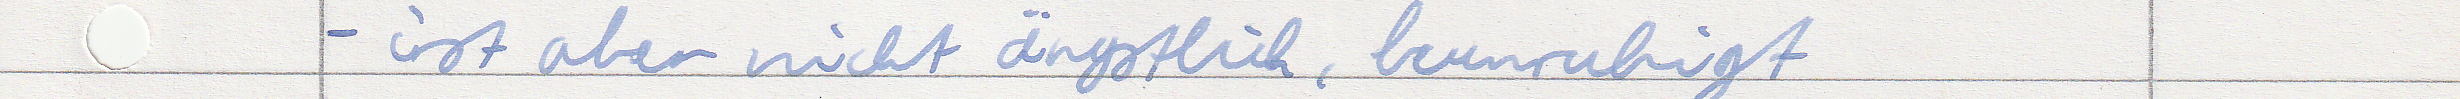
- ist aber nicht ängstlich, beunruhigt